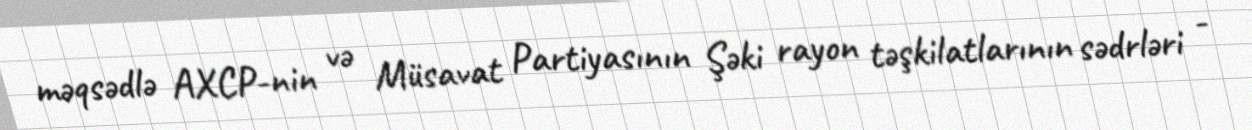
məqsədlə AXCP-nin və Müsavat Partiyasının Şəki rayon təşkilatlarının sədrləri -